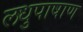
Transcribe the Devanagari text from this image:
लधुपाषाण